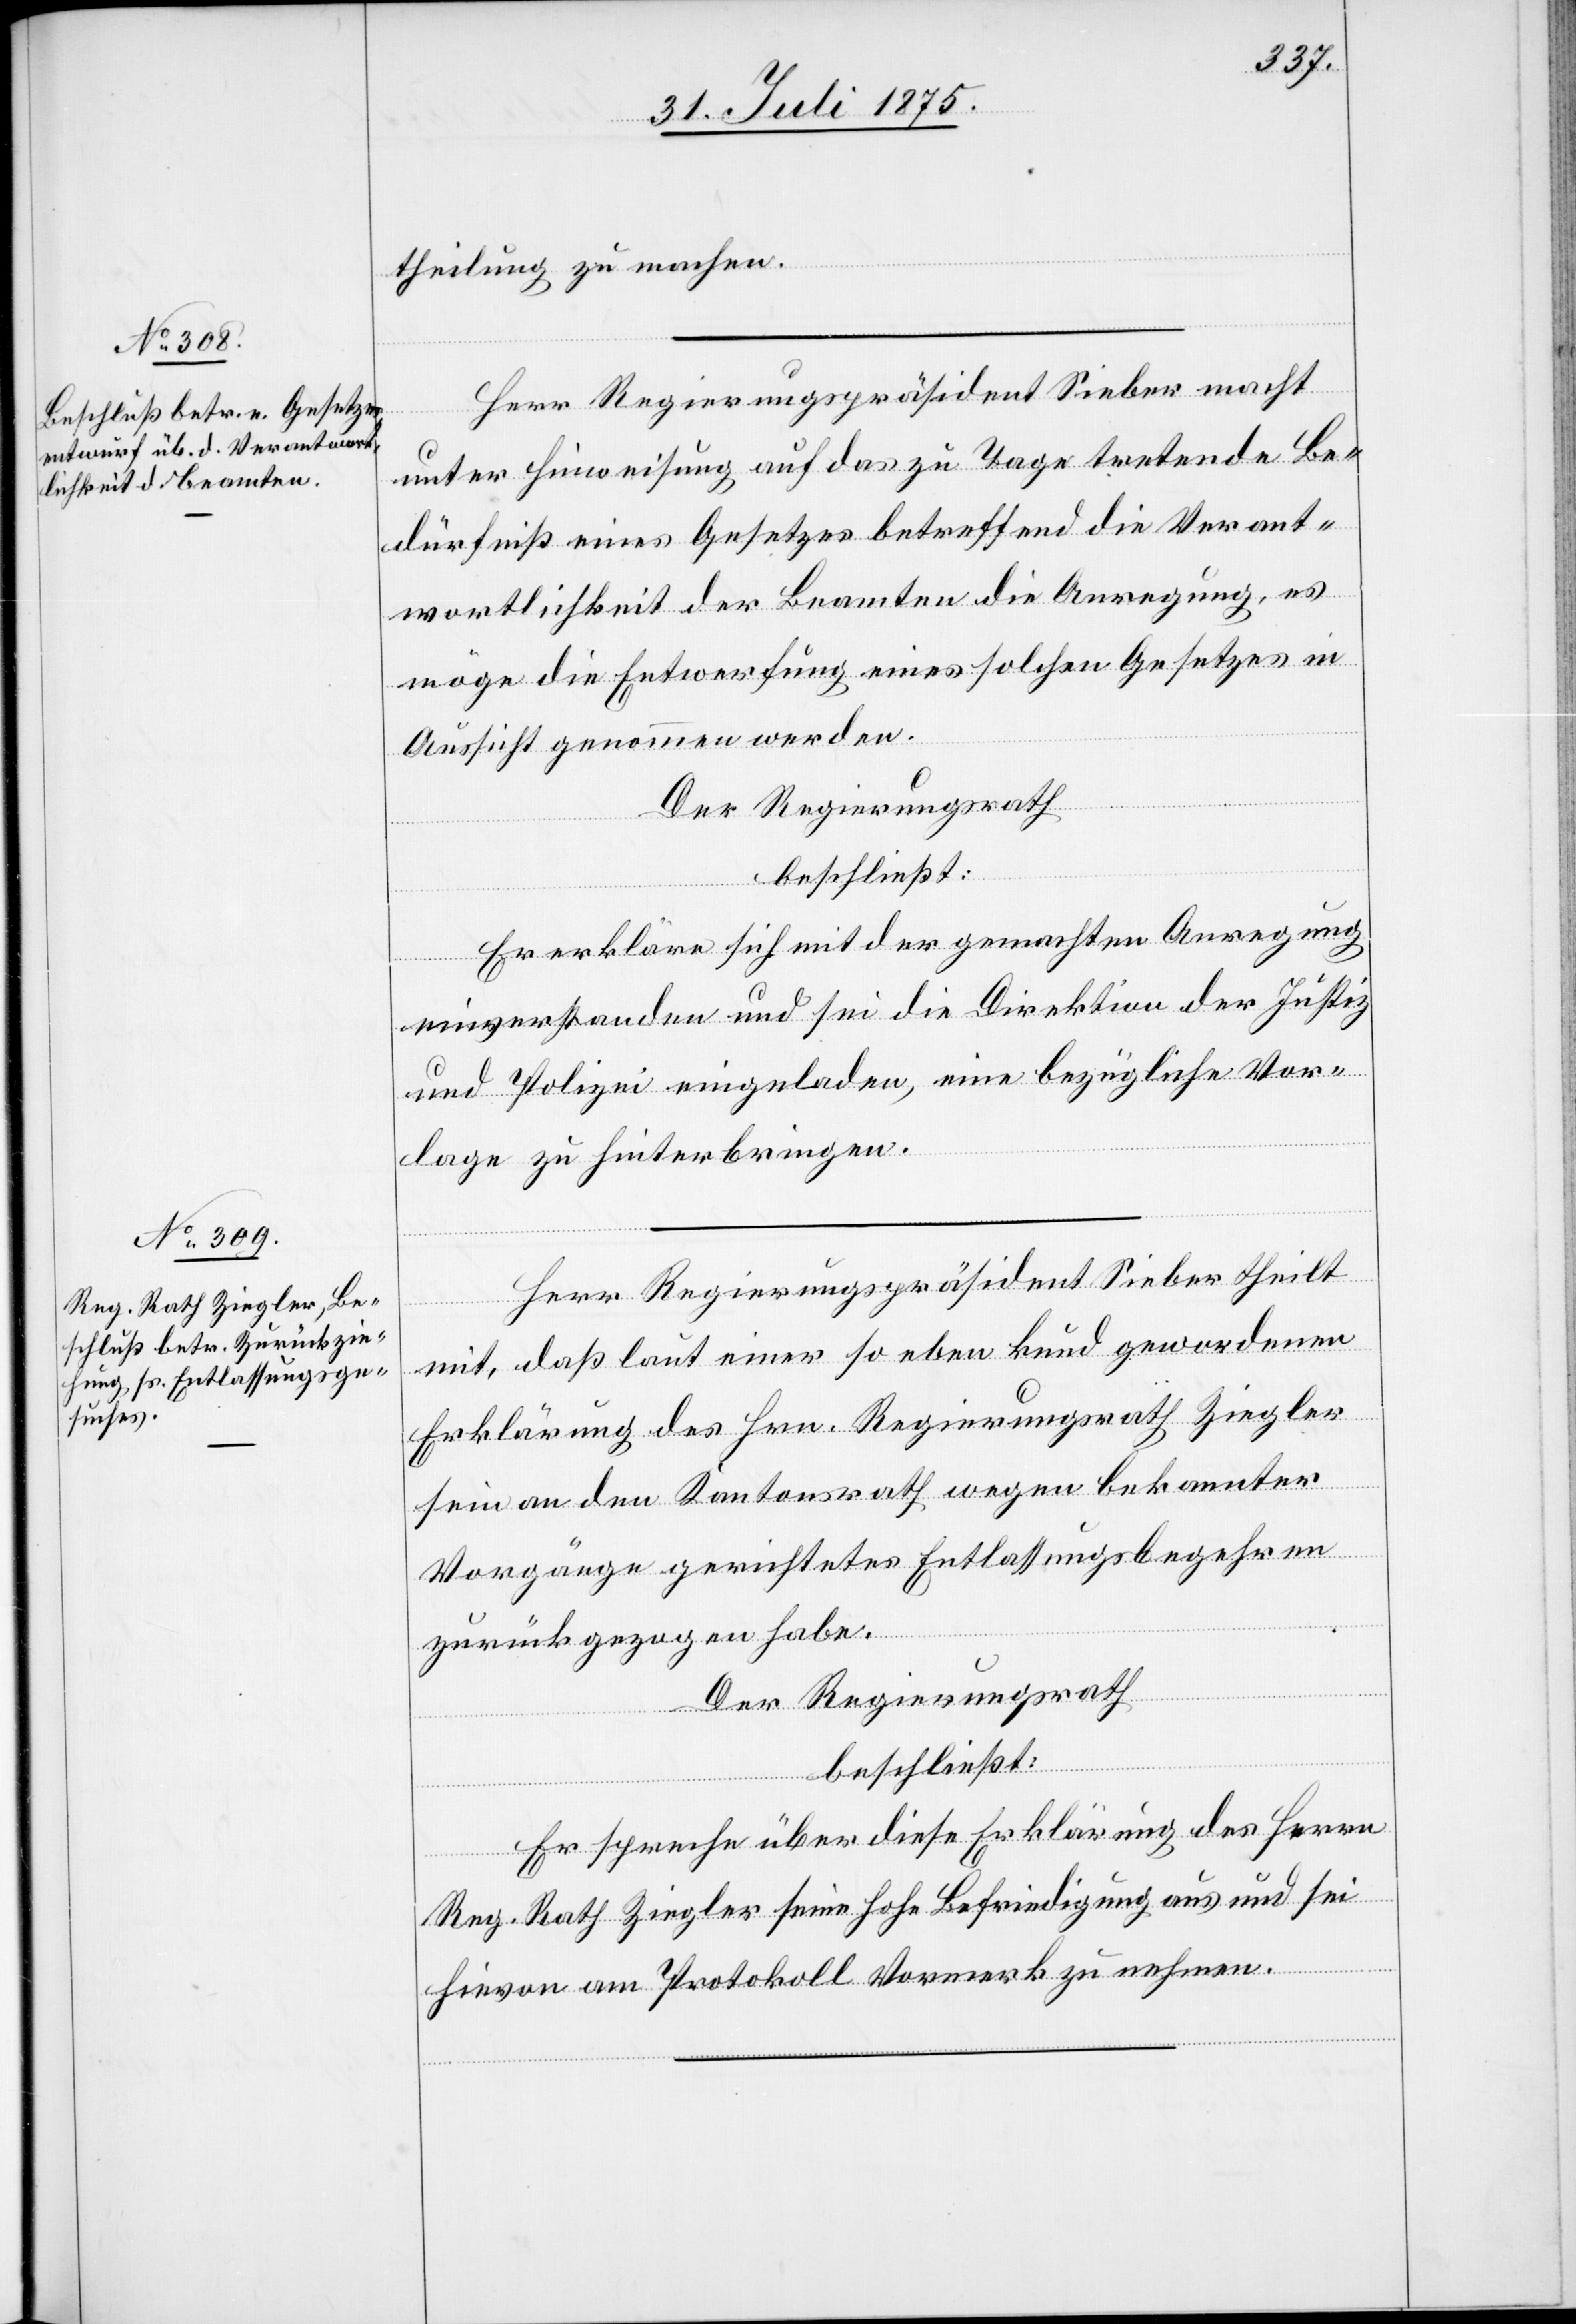
theilung zu machen.
Herr Regierungspräsident Sieber macht
unter Hinweisung auf das zu Tage tretenden Be¬
dürfniß eines Gesetzes betreffend die Verant¬
wortlichkeit der Beamten die Anregung es
möge die Entwerfung eines solchen Gesetzes in
Aussicht genommen werden.
Der Regierungsrath
beschließt:
Er erkläre sich mit der gemachten Anregung
einverstanden und sei die Direktion der Justiz
und Polizei eingeladen, eine bezügliche Vor¬
lage zu hinterbringen.
Herr Regierungspräsident Sieber theilt
mit, daß laut einer so eben kund gewordenen
Erklärung des Hrn. Regierungsrath Ziegler
sein an den Kantonsrath wegen bekannter
Vorgänge gerichtetes Entlassungsbegehren
zurückgezogen habe.
Der Regierungsrath
beschließt:
Er spreche über diese Erklärung des Herrn
Reg. Rath Ziegler seine hohe Befriedigung aus und sei
hievon am Protokoll Vormerk zu nehmen.